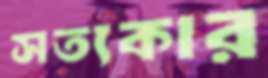
সত্যকার